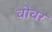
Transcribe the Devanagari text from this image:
वोवर